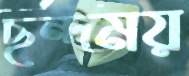
ছন্দময়